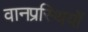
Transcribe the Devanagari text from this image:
वानप्रस्थियों